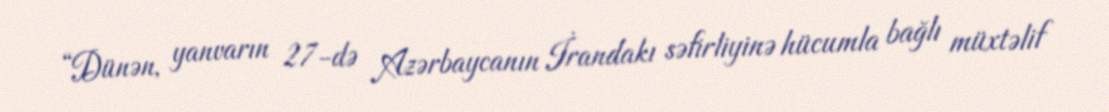
“Dünən, yanvarın 27-də Azərbaycanın İrandakı səfirliyinə hücumla bağlı müxtəlif